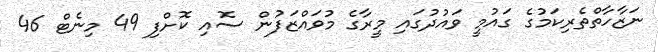
ނަޒާހާތްތެރިކަމުގެ ގައުމީ ވައުދުގައި މީރާގެ މުވައްޒަފުން ސޮއި ކޮށްފި 49 މިނެޓް 46